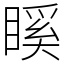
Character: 𥉐